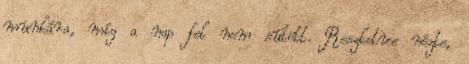
munkára, míg a nap fel nem sütött. Reszketve nézte,